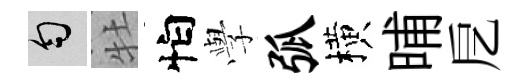
匀牡怕𫝯弧横晡戹